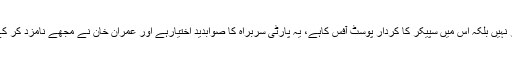
انہوں نے کہا کہ پی اے سی کا ممبر بنانے میں سپیکر کا کوئی کردار نہیں بلکہ اس میں سپیکر کا کردار پوسٹ آفس کاہے، یہ پارٹی سربراہ کا صوابدید اختیارہے اور عمران خان نے مجھے نامزد کر کے ڈائریکٹوجاری کر دیا ہے اور میں پی اے سی کا ممبر بن چکاہوں ۔